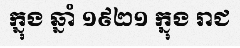
ក្នុង ឆ្នាំ ១៩២១ ក្នុង រាជ